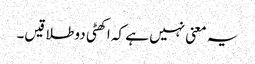
یہ معنی نہیں ہے کہ اکھٹی دو طلاقیں۔